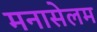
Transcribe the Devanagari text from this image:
मनासेलम